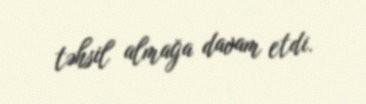
təhsil almağa davam etdi.